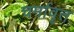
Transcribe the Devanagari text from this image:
चर्मावृत